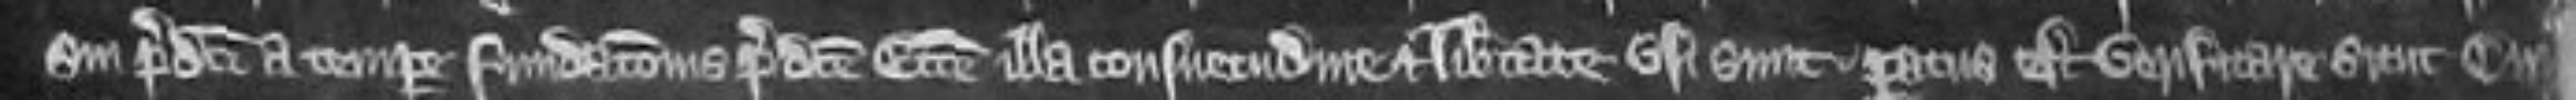
sui predicti a tempore fundacionis predicte ecclesie illa consuetudine et libertate usi sunt paratus est verificare sicut curia